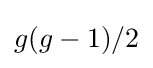
g(g-1)/2